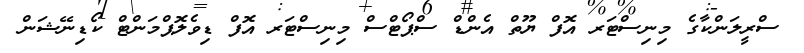
ސްރީލަންކާގެ މިނިސްޓަރ އޮފް ޔޫތް އެންޑް ސްޕޯޓްސް މިނިސްޓަރ އޮފް ޑިވެލޮޕްމަންޓް ކޯޑިނޭޝަން